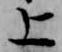
上